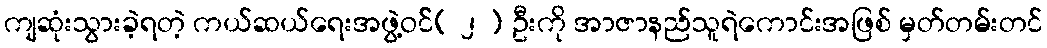
ကျဆုံးသွားခဲ့ရတဲ့ ကယ်ဆယ်ရေးအဖွဲ့ဝင််( ၂ ) ဦးကို အာဇာနည်သူရဲကောင်းအဖြစ် မှတ်တမ်းတင်